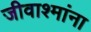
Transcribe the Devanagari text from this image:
जीवाश्मांना